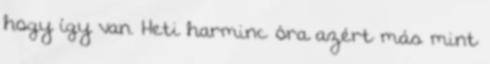
hogy így van. Heti harminc óra azért más mint